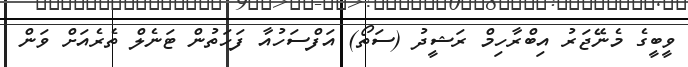
ވީބީގެ މެނޭޖަރު އިބްރާހިމް ރަޝީދު (ސަތޯ) އަފްސަހުއާ ފަހަތުން ޓަނެލް ތެރެއަށް ވަން